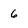
Character: 6